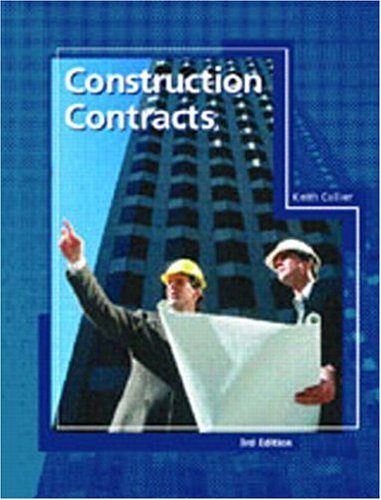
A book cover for Construction Contracts (3rd Edition); Keith Collier; Law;